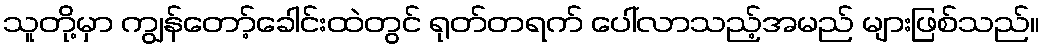
သူတို့မှာ ကျွန်တော့်ခေါင်းထဲတွင် ရုတ်တရက် ပေါ်လာသည့်အမည် များဖြစ်သည်။